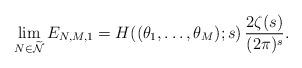
LaTeX: \begin{align*}\lim_{N\in\widetilde{\mathcal{N}}} E_{N,M,1}=H((\theta_{1},\ldots,\theta_{M});s)\,\frac{2\zeta(s)}{(2\pi)^{s}}.\end{align*}